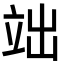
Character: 𮄬